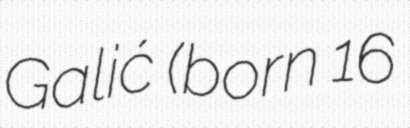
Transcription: Galić (born 16